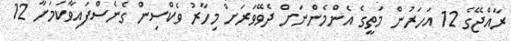
ރާއްޖޭގެ 12 އަހަރުން މަތީގެ އެންމެންނަށް ދެވޭވަރަށް މިހާރު ވެކްސިން ގެނެސްފައިވާކަމަށާ 12